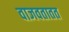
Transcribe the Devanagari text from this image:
वाजवतातत